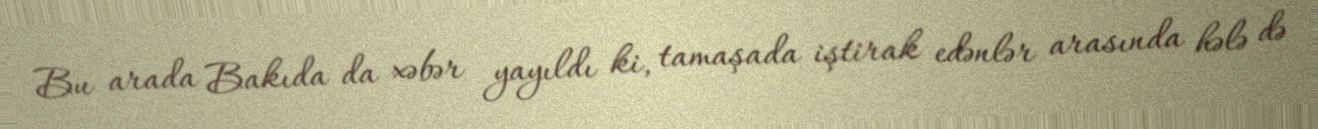
Bu arada Bakıda da xəbər yayıldı ki, tamaşada iştirak edənlər arasında hələ də